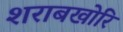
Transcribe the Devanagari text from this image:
शराबखोरि